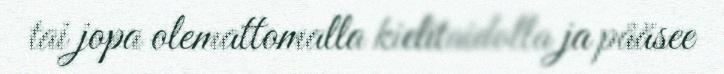
tai jopa olemattomalla kielitaidolla ja pääsee